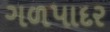
ગળપાદર